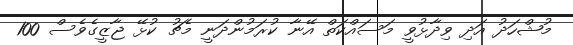
މުޝްހަދު އަދި ވިދާޅުވީ މަސައްކަތް އޭނާ ކުރަމުންދަނީ މެޗު ކުޅޭ ޖާޒީގެވެސް 100